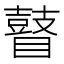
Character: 瞽